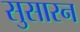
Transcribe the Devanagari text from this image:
सुसारन